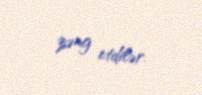
zəng etdilər.